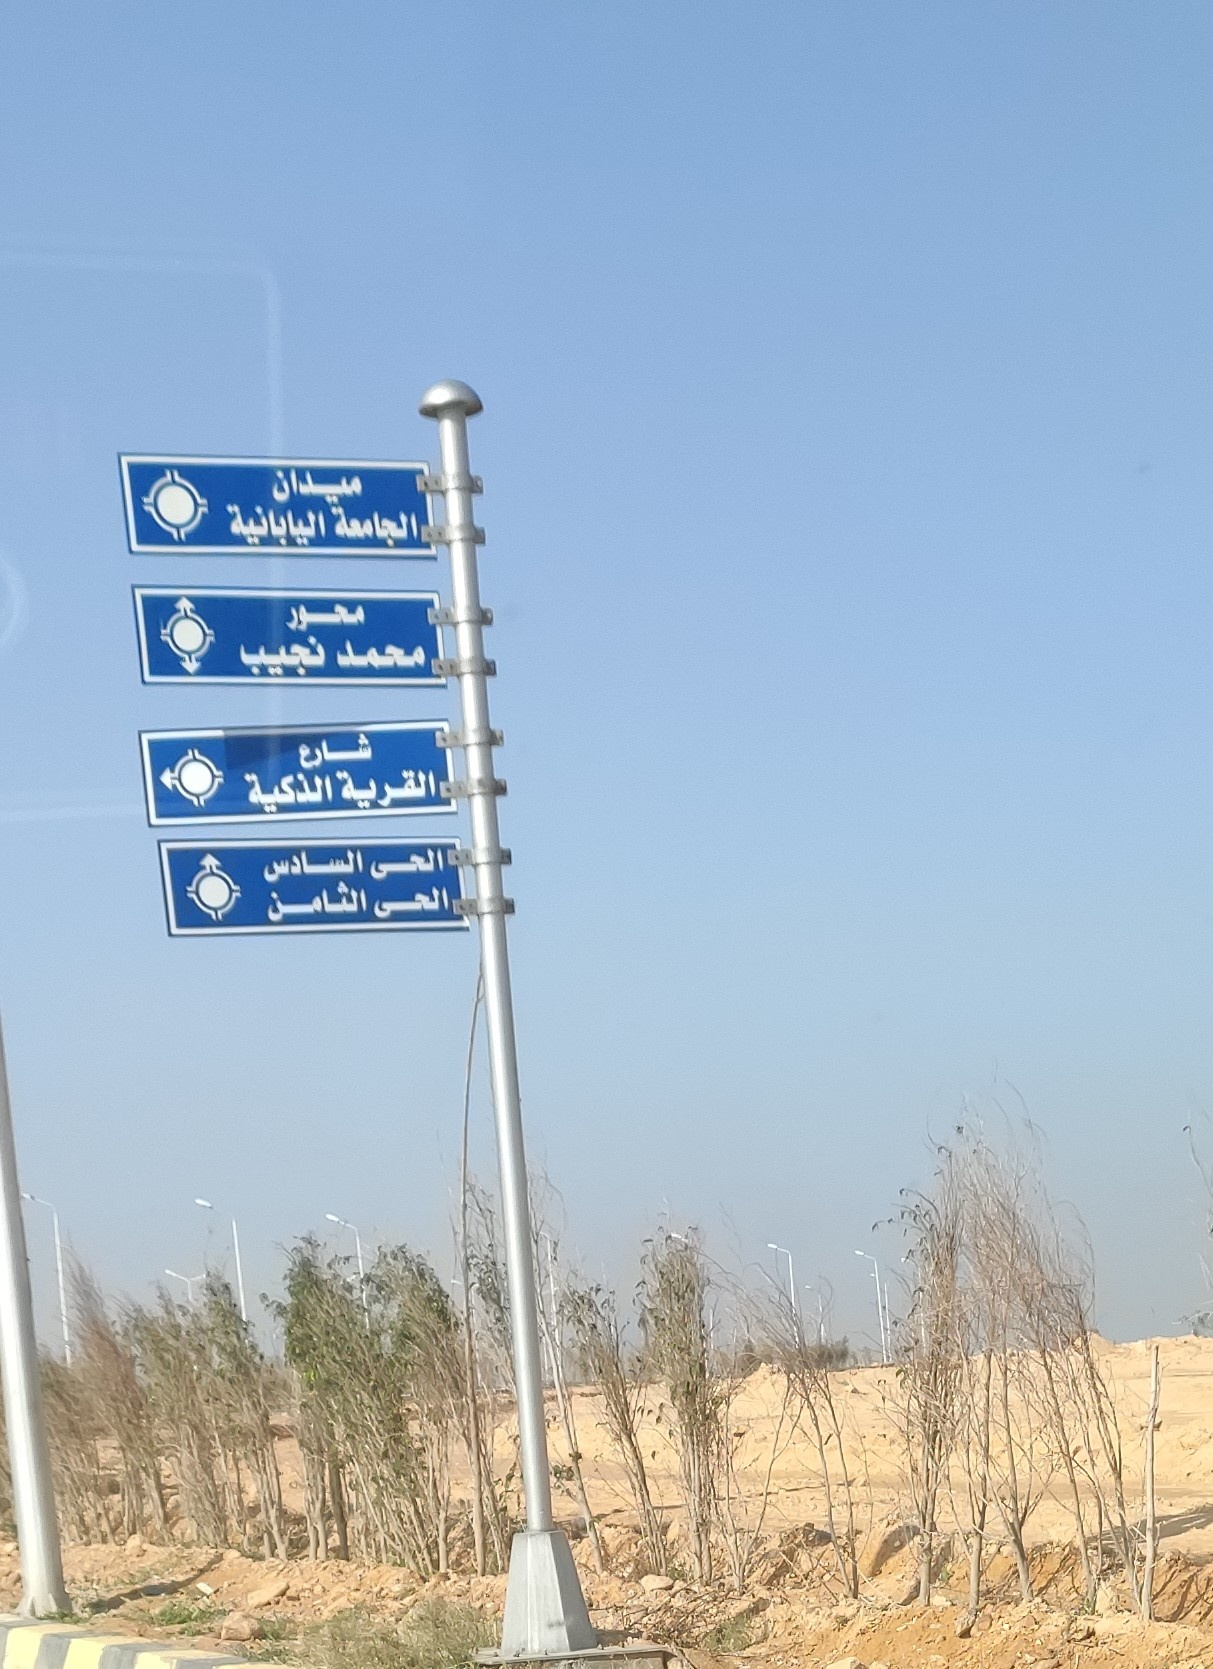
Text in image: ميدان اليابانية الجامعة محور محمد نجيب شارع القرية الذكية الحى السادس الحى الثامن